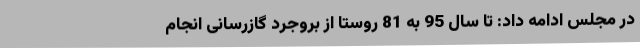
در مجلس ادامه داد: تا سال 95 به 81 روستا از بروجرد گازرسانی انجام